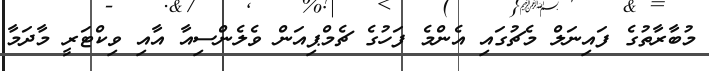
މުބާރާތުގެ ފައިނަލް މެޗުގައި އެންމެ ފަހުގެ ޗެމްޕިއަން ވެލެންސިއާ އާއި ވިކްޓަރީ މާދަމާ